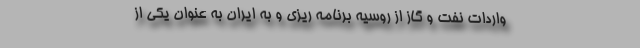
واردات نفت و گاز از روسیه برنامه ریزی و به ایران به عنوان یکی از